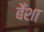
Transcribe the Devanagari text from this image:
बेँशा